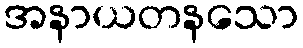
အနာယတနသော